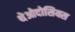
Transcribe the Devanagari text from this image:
थेओदोसियस